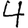
Digit: 4